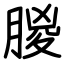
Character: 朡